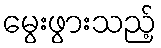
မွေးဖွားသည့်